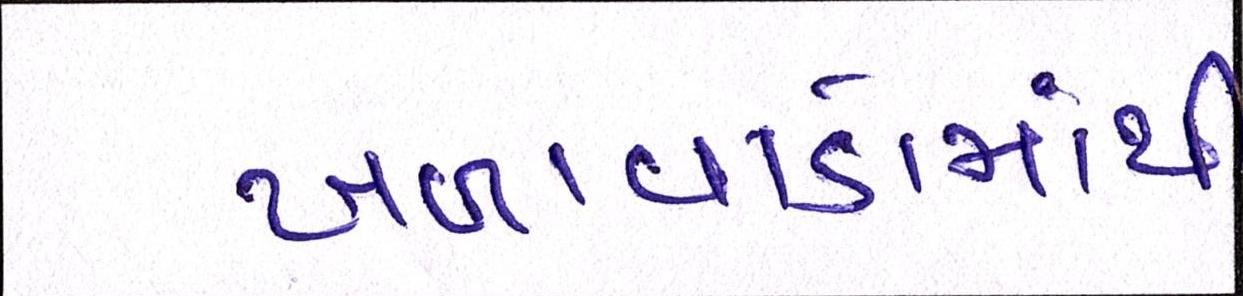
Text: ખળાવાડોમાંથી